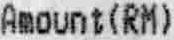
AMOUNT (RM)